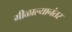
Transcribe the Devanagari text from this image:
मीळाल्यानंतर